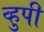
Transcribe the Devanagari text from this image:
व्हुपी